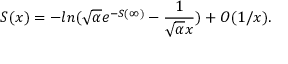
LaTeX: S ( x ) = - l n ( \sqrt { \alpha } e ^ { - S ( \infty ) } - \frac { 1 } { \sqrt { \alpha } x } ) + O ( 1 / x ) .